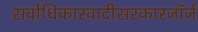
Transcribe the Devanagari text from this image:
सर्वाधिकारवादीसरकारजॉर्ज